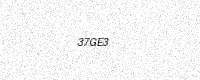
Text: 37GE3